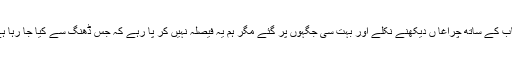
ہم بھی اپنے دوست و احباب کے ساتھ چراغا ں دیکھنے نکلے اور بہت سی جگہوں پر گئے مگر ہم یہ فیصلہ نہیں کر پا رہے کہ جس ڈھنگ سے کیا جا رہا ہے وہ صحیح ہے یا نہیں ؟